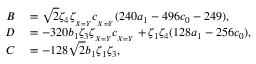
\begin{array} { r l } { B } & { { } = \sqrt { 2 } \zeta _ { 4 } \zeta _ { _ { X = Y } } c _ { _ { X = Y } } ( 2 4 0 a _ { 1 } - 4 9 6 c _ { 0 } - 2 4 9 ) , } \\ { D } & { { } = - 3 2 0 b _ { 1 } \zeta _ { 3 } \zeta _ { _ { X = Y } } c _ { _ { X = Y } } + \zeta _ { 1 } \zeta _ { 4 } ( 1 2 8 a _ { 1 } - 2 5 6 c _ { 0 } ) , } \\ { C } & { { } = - 1 2 8 \sqrt { 2 } b _ { 1 } \zeta _ { 1 } \zeta _ { 3 } , } \end{array}